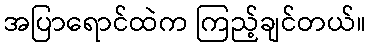
အပြာရောင်ထဲက ကြည့်ချင်တယ်။